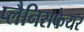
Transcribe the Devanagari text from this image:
प्लैनिसफेयर